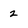
Character: 2